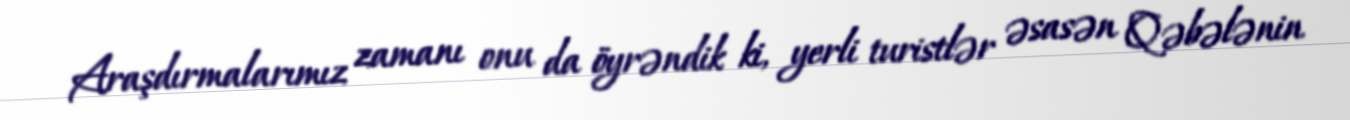
Araşdırmalarımız zamanı onu da öyrəndik ki, yerli turistlər əsasən Qəbələnin